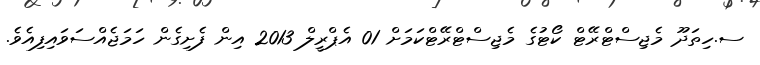
ސ.ހިތަދޫ މެޖިސްޓްރޭޓް ކޯޓުގެ މެޖިސްޓްރޭޓްކަމަށް 01 އެޕްރީލް 2013 އިން ފެށިގެން ހަމަޖެއްސަވައިފިއެވެ.